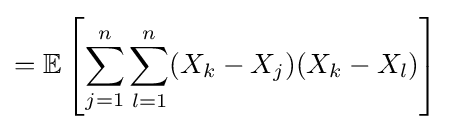
=\mathbb {E} \left[\sum _{j=1}^{n}\sum _{l=1}^{n}(X_{k}-X_{j})(X_{k}-X_{l})\right]